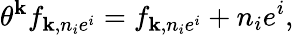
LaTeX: \theta^{\mathbf{k}}f_{\mathbf{k},n_{i}e^{i}}=f_{\mathbf{k},n_{i}e^{i}}+n_{i}e^{i},